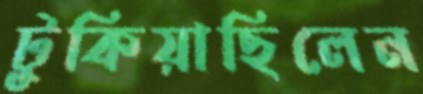
টুকিয়াছিলেন